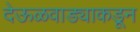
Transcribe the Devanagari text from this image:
देऊळवाड्याकडून